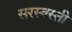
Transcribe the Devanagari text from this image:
सरस्वस्ती